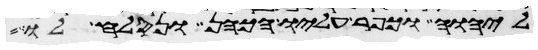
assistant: ליהוה וכפר עליו הכהן ונסלח לו